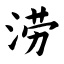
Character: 涝